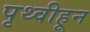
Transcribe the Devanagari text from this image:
पृथ्वीहून